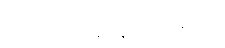
အကောင်းဆုံးနည်းလမ်းကို